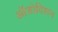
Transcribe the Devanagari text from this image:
ऑडोविशन